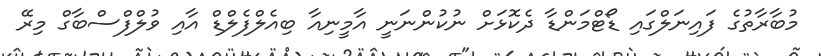
މުބާރާތުގެ ފައިނަލްގައި ޑޯޓްމަންޑާ ދެކޮޅަށް ނުކުންނަނީ އާމީނިއާ ބިއެލްފެލްޑް އާއި ވުލްފްސްބާގް މިރޭ